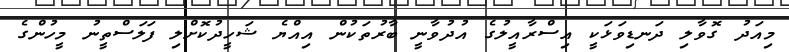
މިއަދު ގޮވާލި ދަނޑިވަޅަކީ އިސްރާއީލުގެ އުދުވާނީ ބާރުތަކުން އިއްޔެ ޝަހީދުކޮށްލި ފަލަސްތީނު މީހުންގެ